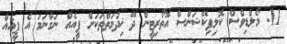
11. މޯލްޑިވްސް ކޮލިފިކޭޝަންސް އޮތޯރިޓީން ދޭ ޚިދުމަތްތަކަށް ފީއެއް ނަގާނަމަ އެ ފީއެއް